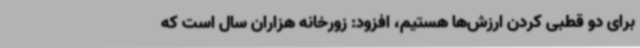
برای دو قطبی کردن ارزش‌ها هستیم، افزود: زورخانه هزاران سال است که